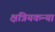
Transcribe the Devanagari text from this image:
क्षत्रियकन्या